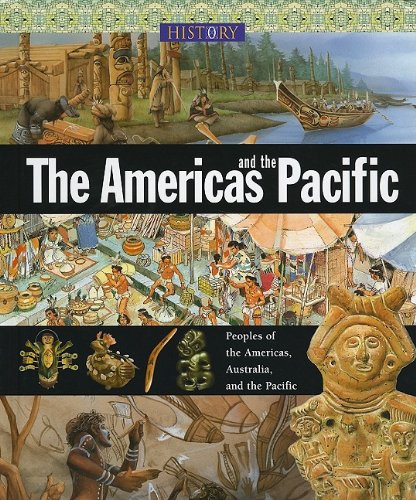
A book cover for The Americas and the Pacific (History of the World (Zak Books)); Sean Connolly; Children's Books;